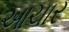
આચાર